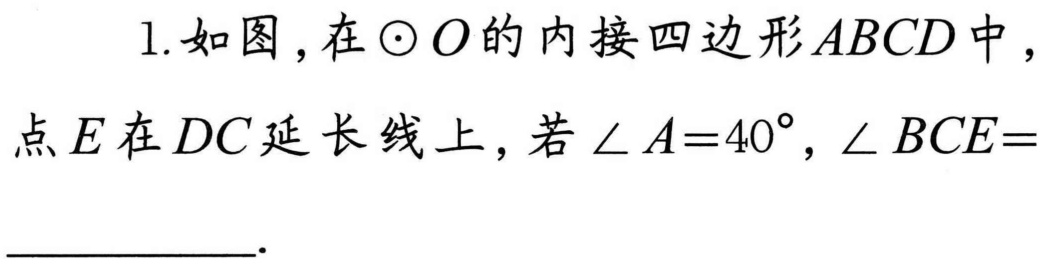
1.如图，在$\odot O$的内接四边形$ABCD$中，点$E$在$DC$延长线上，若$\angle A = 40^{\circ}$，$\angle BCE=$__________.